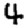
Digit: 4